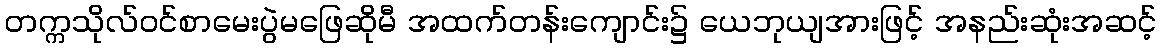
တက္ကသိုလ်ဝင်စာမေးပွဲမဖြေဆိုမီ အထက်တန်းကျောင်း၌ ယေဘုယျအားဖြင့် အနည်းဆုံးအဆင့်